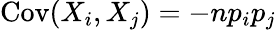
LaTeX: \operatorname{Cov}(X_{i},X_{j})=-np_{i}p_{j}